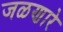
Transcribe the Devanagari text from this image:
जळणारे